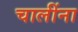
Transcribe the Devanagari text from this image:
चालींना